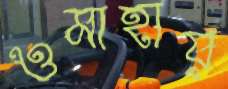
ওমাহায়